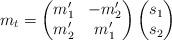
LaTeX: \begin{align*}m_t = \begin{pmatrix} m_1' & -m_2'\\ m_2'&m_1'\end{pmatrix} \begin{pmatrix} s_1\\ s_2\end{pmatrix}\end{align*}